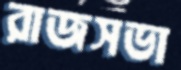
রাজসভা